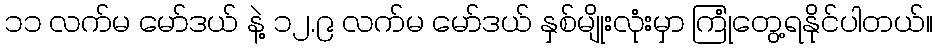
၁၁ လက်မ မော်ဒယ် နဲ့ ၁၂.၉ လက်မ မော်ဒယ် နှစ်မျိုးလုံးမှာ ကြုံတွေ့ရနိုင်ပါတယ်။